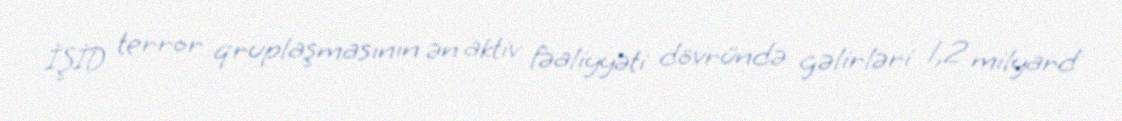
İŞİD terror qruplaşmasının ən aktiv fəaliyyəti dövründə gəlirləri 1,2 milyard